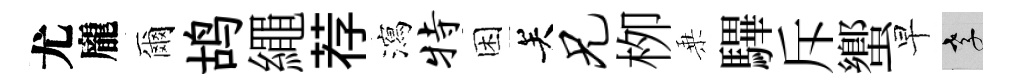
尤龐爾鸪繩荐瀉特困关兄栁乗驆斥蠁早孝